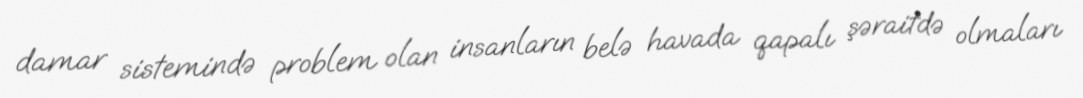
damar sistemində problem olan insanların belə havada qapalı şəraitdə olmaları